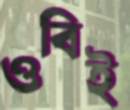
ওবিই